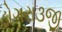
ડોગરા૩જી